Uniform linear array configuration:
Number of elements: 16
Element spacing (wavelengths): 0.25
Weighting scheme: hann
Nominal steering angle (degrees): -15
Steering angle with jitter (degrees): -13.172
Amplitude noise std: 0.05
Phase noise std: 0.05

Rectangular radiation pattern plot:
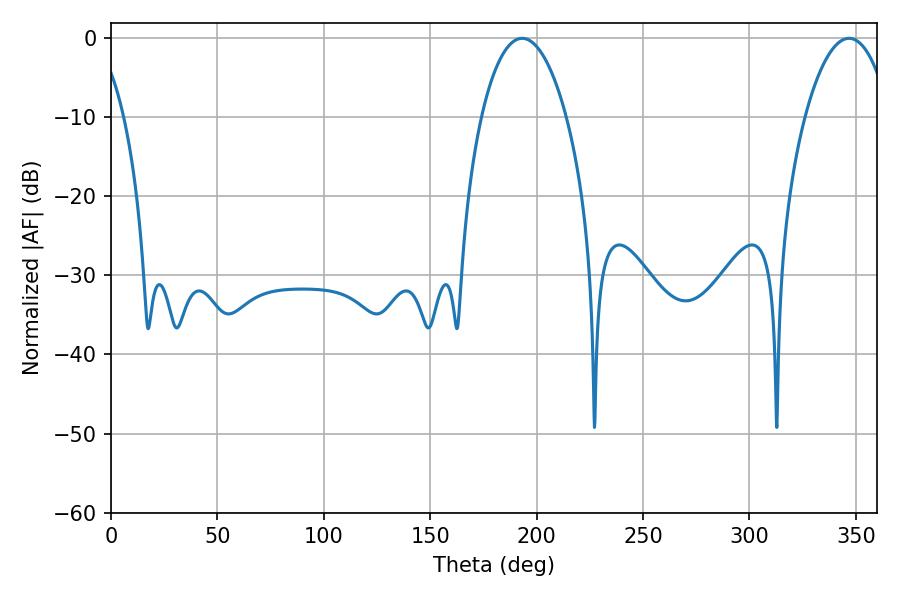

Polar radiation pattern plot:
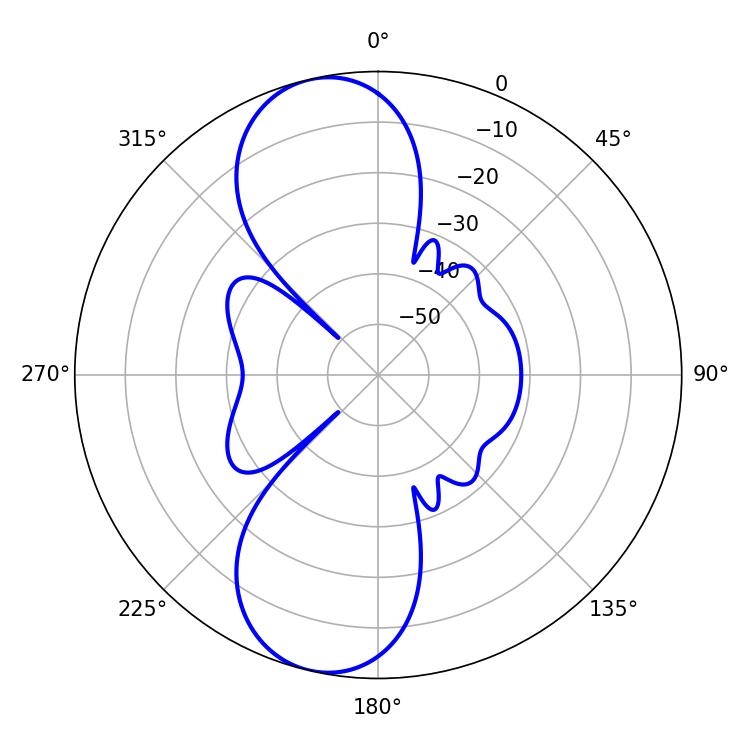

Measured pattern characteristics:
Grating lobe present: FALSE
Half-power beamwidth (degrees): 22.5
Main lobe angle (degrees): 193.14